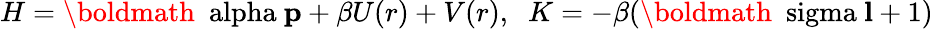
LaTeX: H=\mathrm{\boldmath~\ alpha~}{\mathbf p}+\beta U(r)+V(r),\; \; K=-\beta(\mathrm{\boldmath~\ sigma~}{\mathbf l}+1)